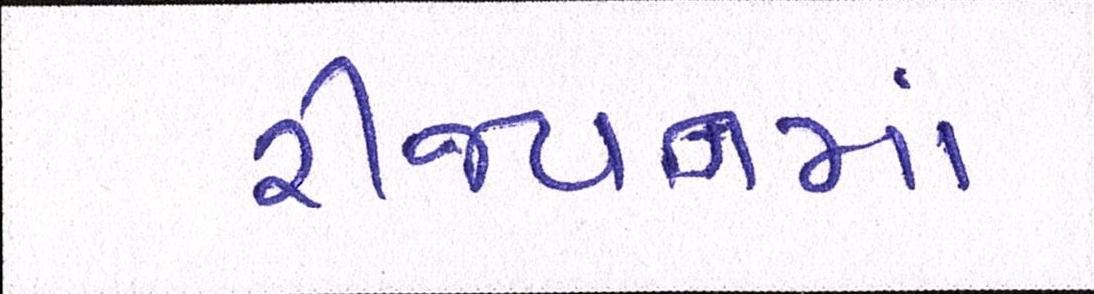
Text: રીજયનમાં